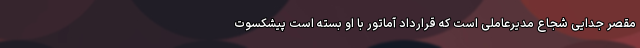
مقصر جدایی شجاع مدیرعاملی است که قرارداد آماتور با او بسته است پیشکسوت